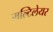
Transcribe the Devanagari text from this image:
मल्टिलेयर